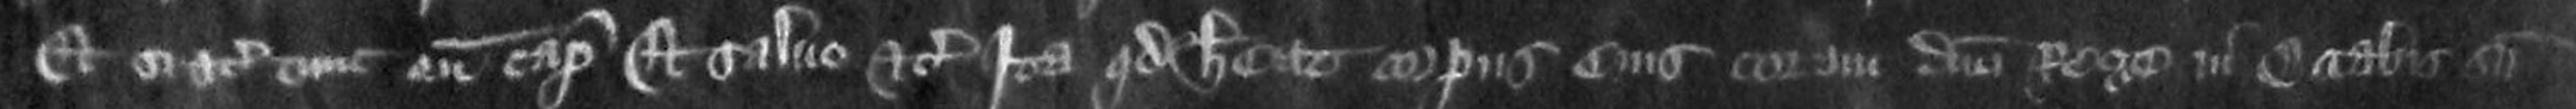
Et si etc tunc eum caperet et saluo etc ita quod habeat corpus eius coram domino Rege in Octabis Sancti